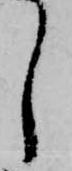
し